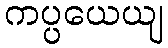
ကပ္ပယေယျ